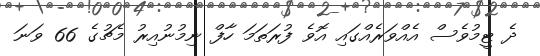
ދެ ޓީމުވެސް އެއްވަރެއްގައި އޮވެ ފުރަތަމަ ހާފް ނިމުނުއިރު މެޗުގެ 66 ވަނަ